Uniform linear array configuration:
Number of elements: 64
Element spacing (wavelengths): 0.5
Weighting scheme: cosine
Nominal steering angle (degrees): -15
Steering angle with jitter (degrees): -13.716
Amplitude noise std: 0.05
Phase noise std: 0.05

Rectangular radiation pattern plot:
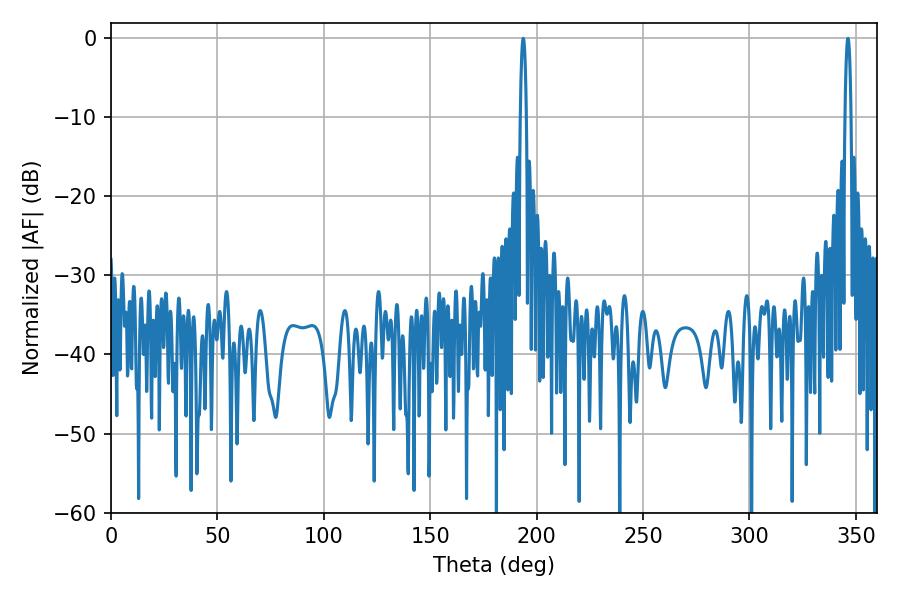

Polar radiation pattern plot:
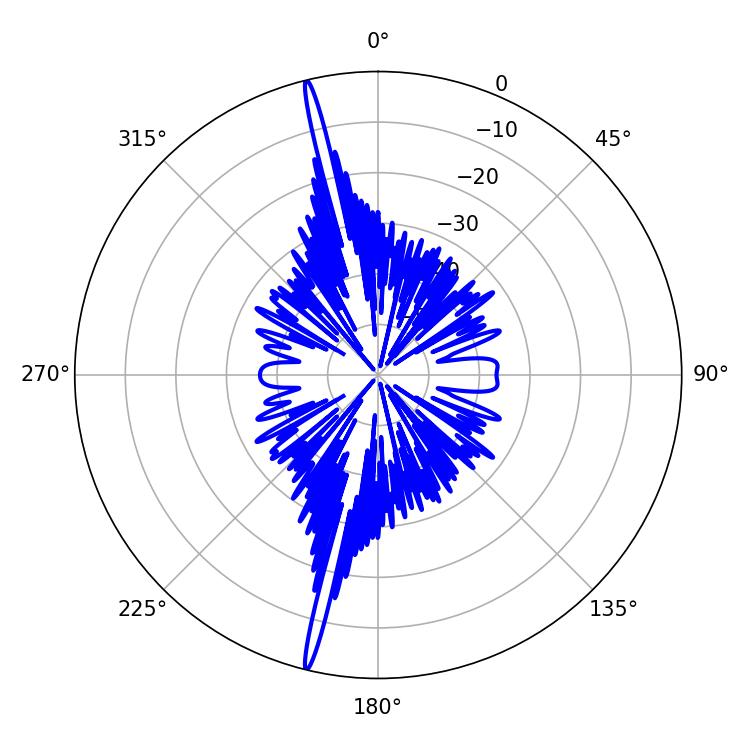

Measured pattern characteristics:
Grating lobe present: FALSE
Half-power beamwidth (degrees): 1.44
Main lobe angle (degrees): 193.68